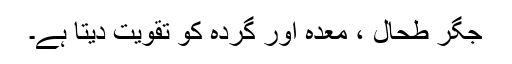
جگر طحال ، معدہ اور گردہ کو تقویت دیتا ہے۔